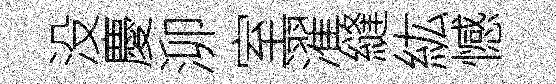
没慶泖室濯縫紘憾